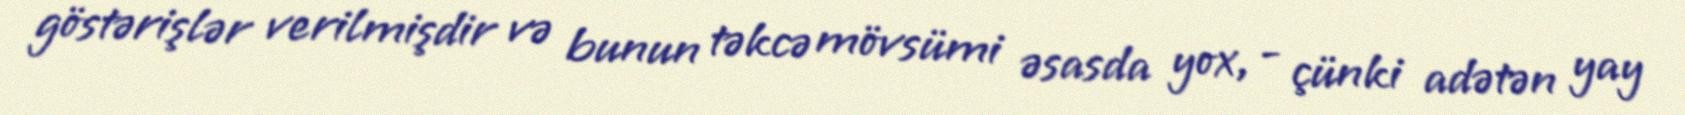
göstərişlər verilmişdir və bunun təkcə mövsümi əsasda yox, - çünki adətən yay